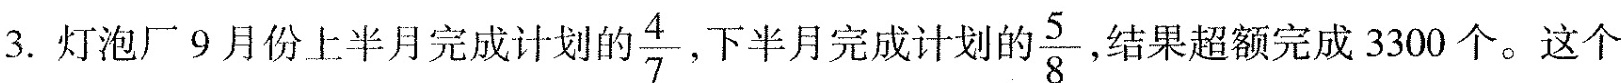
3.灯泡厂9月份上半月完成计划的\frac{4}{7}，下半月完成计划的\frac{5}{8}，结果超额完成3300个。这个